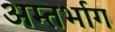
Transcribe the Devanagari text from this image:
अम्तर्भाग